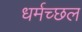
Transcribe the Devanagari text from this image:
धर्मच्छल